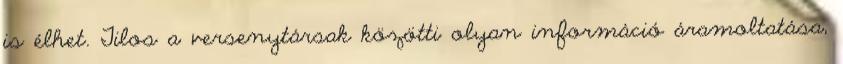
is élhet. Tilos a versenytársak közötti olyan információ áramoltatása,